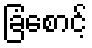
ခြံစောင့်